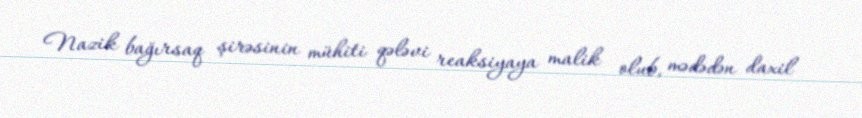
Nazik bağırsaq şirəsinin mühiti qələvi reaksiyaya malik olub, mədədən daxil